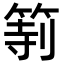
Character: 𥮻